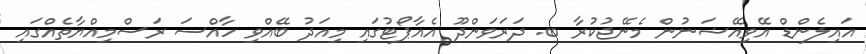
އައިލެންޑް އޭވިއޭޝަނުން މެނޭޖުކުރާ ބ. ދަރަވަންދޫ އެއާޕޯޓުގައި މިއަދު ބޭއްވި ހާއްސަ ރަސްމިއްޔާތެއްގައި